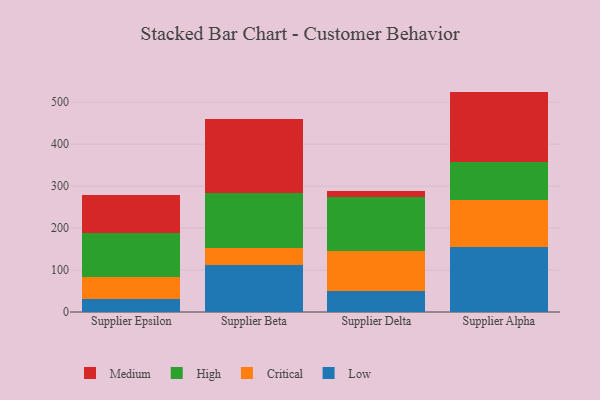
{"axis": {"x": "Supplier", "y": "Latency (ms)"}, "legend": ["Critical", "High", "Low", "Medium"], "data": [{"x": "Supplier Epsilon", "y": 30.2, "type": "Low"}, {"x": "Supplier Epsilon", "y": 54.1, "type": "Critical"}, {"x": "Supplier Epsilon", "y": 104.0, "type": "High"}, {"x": "Supplier Epsilon", "y": 90.6, "type": "Medium"}, {"x": "Supplier Beta", "y": 111.9, "type": "Low"}, {"x": "Supplier Beta", "y": 41.5, "type": "Critical"}, {"x": "Supplier Beta", "y": 131.2, "type": "High"}, {"x": "Supplier Beta", "y": 175.7, "type": "Medium"}, {"x": "Supplier Delta", "y": 49.6, "type": "Low"}, {"x": "Supplier Delta", "y": 96.6, "type": "Critical"}, {"x": "Supplier Delta", "y": 127.4, "type": "High"}, {"x": "Supplier Delta", "y": 14.1, "type": "Medium"}, {"x": "Supplier Alpha", "y": 155.1, "type": "Low"}, {"x": "Supplier Alpha", "y": 112.5, "type": "Critical"}, {"x": "Supplier Alpha", "y": 90.8, "type": "High"}, {"x": "Supplier Alpha", "y": 166.7, "type": "Medium"}]}